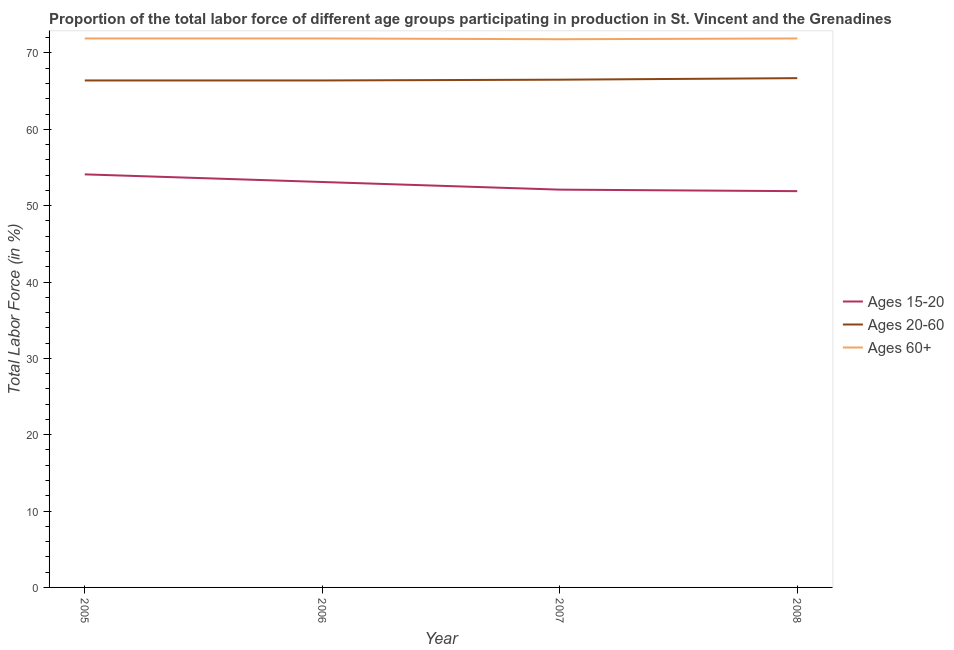
| Year | Ages 15-20 | Ages 20-60 | Ages 60+ |
 | --- | --- | --- | --- |
 | 2005 | 54.1 | 66.4 | 71.9 |
 | 2006 | 53.1 | 66.4 | 71.9 |
 | 2007 | 52.1 | 66.5 | 71.8 |
 | 2008 | 51.9 | 66.7 | 71.9 |